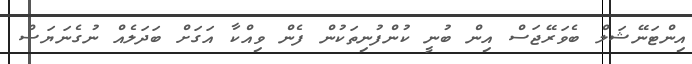
އިންޓަނޭޝަލް ބެވަރޭޖަސް އިން ބުނީ ކުންފުނިތަކުން ފެން ވިއްކާ އަގަށް ބަދަލެއް ނުގެނަޔަސް